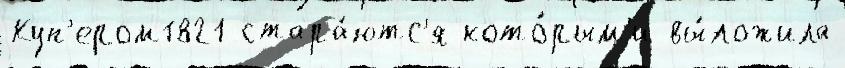
Куп'ером1821 стара́ютс'я кото́рым'и вы́ложила